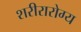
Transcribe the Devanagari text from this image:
शरीरारोग्य